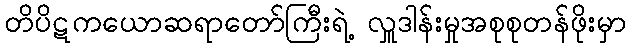
တိပိဋကယောဆရာတော်ကြီးရဲ့ လှူဒါန်းမှုအစုစုတန်ဖိုးမှာ